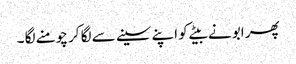
پھر ابو نے بیٹے کو اپنے سینے سے لگا کر چومنے لگا ۔